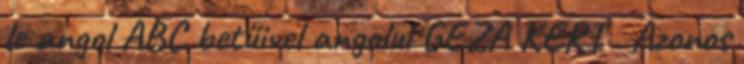
le angol ABC betűivel angolul GEZA KERI . Azonos